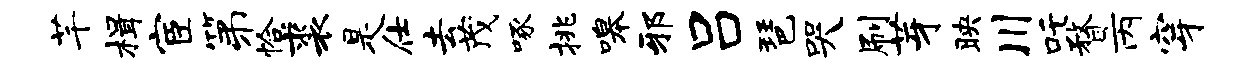
芊楫宦第恰裘是仕去茂啄挑嗥邪吕琶哭刷芽映川吒瞀丙穿